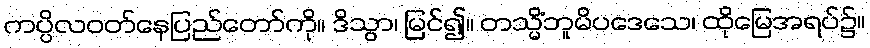
ကပ္ပိလဝတ်နေပြည်တော်ကို။ ဒိသွာ၊ မြင်၍။ တသ္မိံဘူမိပဒေသေ၊ ထိုမြေအရပ်၌။